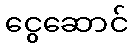
ငွေဆောင်